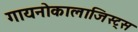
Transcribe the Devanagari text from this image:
गायनोकालाजिस्ट्स